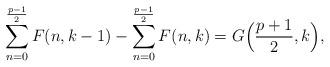
LaTeX: \begin{align*} \sum_{n=0}^{\frac{p-1}{2}} F(n,k-1) - \sum_{n=0}^{\frac{p-1}{2}} F(n,k)= G\Bigl(\frac{p+1}{2}, k\Bigr),\end{align*}